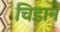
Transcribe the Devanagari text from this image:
चिडाने